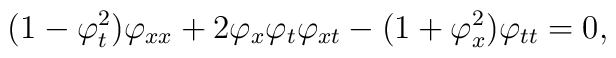
(1 - \varphi_t^2) \varphi_{xx} + 2 \varphi_x \varphi_t \varphi_{xt}- (1 + \varphi_x^2) \varphi_{tt} = 0,